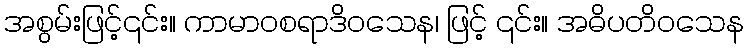
အစွမ်းဖြင့်၎င်း။ ကာမာဝစရာဒိဝသေန၊ ဖြင့် ၎င်း။ အဓိပတိဝသေန